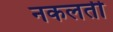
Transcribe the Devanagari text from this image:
नकलती